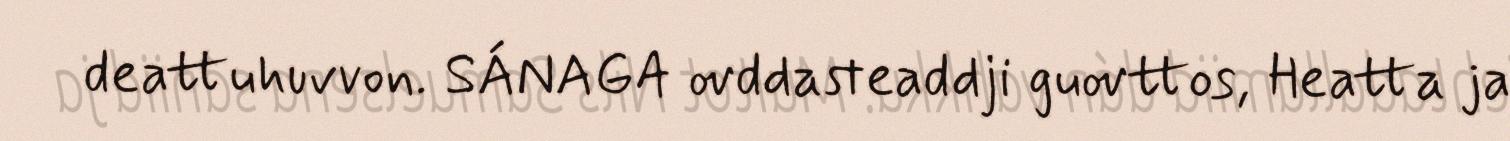
deattuhuvvon. SÁNAGA ovddasteaddji guovttos, Heatta ja